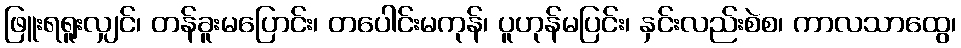
ဖြူးရရူးလျှင်၊ တန်ခူးမပြောင်း၊ တပေါင်းမကုန်၊ ပူဟုန်မပြင်း၊ နှင်းလည်းစဲစ၊ ကာလသာထွေ၊